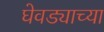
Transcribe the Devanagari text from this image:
घेवड्याच्या